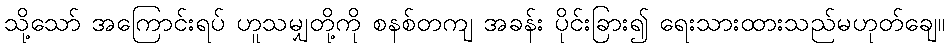
သို့သော် အကြောင်းရပ် ဟူသမျှတို့ကို စနစ်တကျ အခန်း ပိုင်းခြား၍ ရေးသားထားသည်မဟုတ်ချေ။